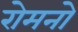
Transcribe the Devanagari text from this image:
रोमनो